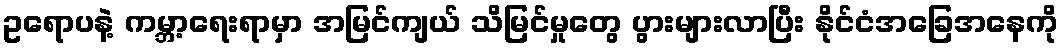
ဥရောပနဲ့ ကမ္ဘာ့ရေးရာမှာ အမြင်ကျယ် သိမြင်မှုတွေ ပွားများလာပြီး နိုင်ငံအခြေအနေကို